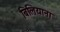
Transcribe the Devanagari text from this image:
बिलियाना